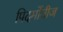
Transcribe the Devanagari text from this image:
पिदमोंतीज